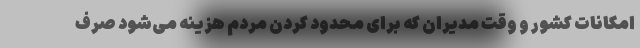
امکانات کشور و وقت مدیران که برای محدود کردن مردم هزینه می‌شود صرف